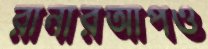
রানারআপও